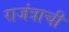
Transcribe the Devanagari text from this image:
राजंत्राची